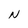
Character: N